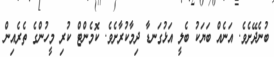
ބުނެދޭށެވެ. އަނެއް ބަޔަކު ބެލީ އަޅުގަނޑާ ދިމާކުރާށެވެ. ކޮމެންޓް ކުރި މީހުންގެ ތެރެއިން